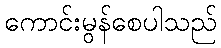
ကောင်းမွန်စေပါသည်